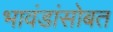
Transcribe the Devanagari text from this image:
भावंडांसोबत